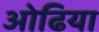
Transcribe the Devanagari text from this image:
ओढिया